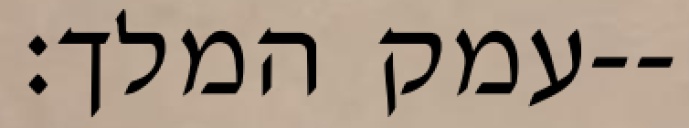
עמק המלך׃--